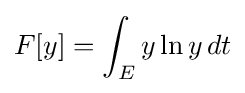
F[y]=\int _{E}y\ln y\,dt